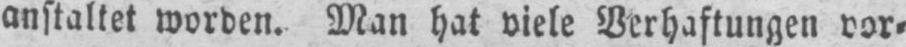
anstaltet worden. Man hat viele Verhaftungen vor⸗